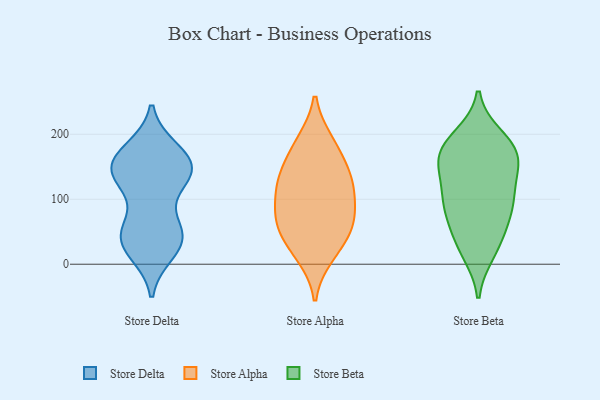
{"axis": {"x": "Conversion Rate (%)", "y": "Value"}, "legend": ["Store Alpha", "Store Beta", "Store Delta"], "data": [{"x": "", "y": 151, "type": "Store Delta"}, {"x": "", "y": 51, "type": "Store Delta"}, {"x": "", "y": 144, "type": "Store Delta"}, {"x": "", "y": 138, "type": "Store Delta"}, {"x": "", "y": 53, "type": "Store Delta"}, {"x": "", "y": 57, "type": "Store Delta"}, {"x": "", "y": 18, "type": "Store Delta"}, {"x": "", "y": 123, "type": "Store Delta"}, {"x": "", "y": 153, "type": "Store Delta"}, {"x": "", "y": 44, "type": "Store Delta"}, {"x": "", "y": 175, "type": "Store Delta"}, {"x": "", "y": 43, "type": "Store Delta"}, {"x": "", "y": 176, "type": "Store Delta"}, {"x": "", "y": 138, "type": "Store Delta"}, {"x": "", "y": 149, "type": "Store Delta"}, {"x": "", "y": 169, "type": "Store Delta"}, {"x": "", "y": 20, "type": "Store Delta"}, {"x": "", "y": 31, "type": "Store Delta"}, {"x": "", "y": 126, "type": "Store Delta"}, {"x": "", "y": 63, "type": "Store Alpha"}, {"x": "", "y": 114, "type": "Store Alpha"}, {"x": "", "y": 74, "type": "Store Alpha"}, {"x": "", "y": 107, "type": "Store Alpha"}, {"x": "", "y": 73, "type": "Store Alpha"}, {"x": "", "y": 188, "type": "Store Alpha"}, {"x": "", "y": 189, "type": "Store Alpha"}, {"x": "", "y": 59, "type": "Store Alpha"}, {"x": "", "y": 126, "type": "Store Alpha"}, {"x": "", "y": 150, "type": "Store Alpha"}, {"x": "", "y": 47, "type": "Store Alpha"}, {"x": "", "y": 122, "type": "Store Alpha"}, {"x": "", "y": 13, "type": "Store Alpha"}, {"x": "", "y": 20, "type": "Store Alpha"}, {"x": "", "y": 152, "type": "Store Alpha"}, {"x": "", "y": 107, "type": "Store Beta"}, {"x": "", "y": 94, "type": "Store Beta"}, {"x": "", "y": 68, "type": "Store Beta"}, {"x": "", "y": 75, "type": "Store Beta"}, {"x": "", "y": 150, "type": "Store Beta"}, {"x": "", "y": 154, "type": "Store Beta"}, {"x": "", "y": 18, "type": "Store Beta"}, {"x": "", "y": 176, "type": "Store Beta"}, {"x": "", "y": 150, "type": "Store Beta"}, {"x": "", "y": 25, "type": "Store Beta"}, {"x": "", "y": 96, "type": "Store Beta"}, {"x": "", "y": 109, "type": "Store Beta"}, {"x": "", "y": 41, "type": "Store Beta"}, {"x": "", "y": 178, "type": "Store Beta"}, {"x": "", "y": 196, "type": "Store Beta"}, {"x": "", "y": 165, "type": "Store Beta"}, {"x": "", "y": 189, "type": "Store Beta"}]}